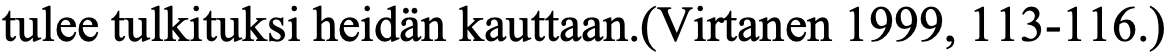
tulee tulkituksi heidän kauttaan.(Virtanen 1999, 113-116.)